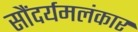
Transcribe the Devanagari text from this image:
सौंदर्यमलंकार